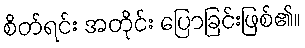
စိတ်ရင်း အတိုင်း ပြောခြင်းဖြစ်၏။